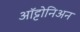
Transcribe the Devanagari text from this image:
ऑट्टोनिअन